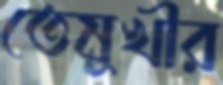
তেমুখীর